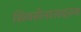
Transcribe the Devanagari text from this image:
शिवसेनासदस्य